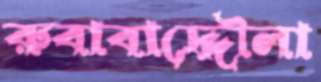
রুবাবাদ্দৌলা